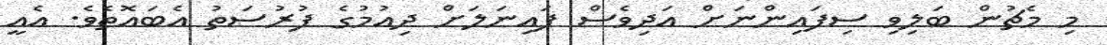
މި މެޗުން ބަލިވި ސިފައިންނަށް އަދިވެސް ފައިނަލަށް ދިއުމުގެ ފުރުސަތު އެބައޮތެވެ. އެއީ